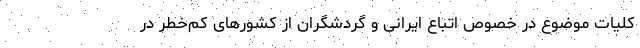
کلیات موضوع در خصوص اتباع ایرانی و گردشگران از کشورهای کم‌خطر در